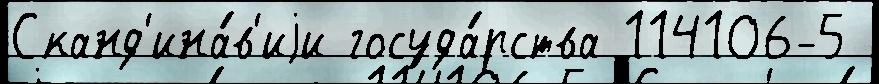
Сканд'ина́в'иjи госуда́рства 114106-5